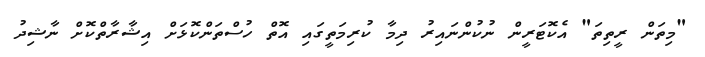
"މިތަން ރީތިތަ" އެކޮޓަރީން ނުކުންނައިރު ދިމާ ކުރިމަތީގައި އޮތް ހުސްތަންކޮޅަށް އިޝާރާތްކޮށް ނާޝިދު